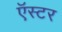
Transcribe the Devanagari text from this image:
ऍस्टर